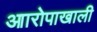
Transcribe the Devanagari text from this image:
आारोपाखाली